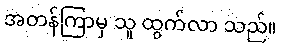
အတန်ကြာမှ သူ ထွက်လာ သည်။